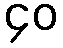
၄၀